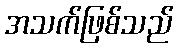
အသက်ဖြစ်သည်